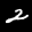
Label: 2